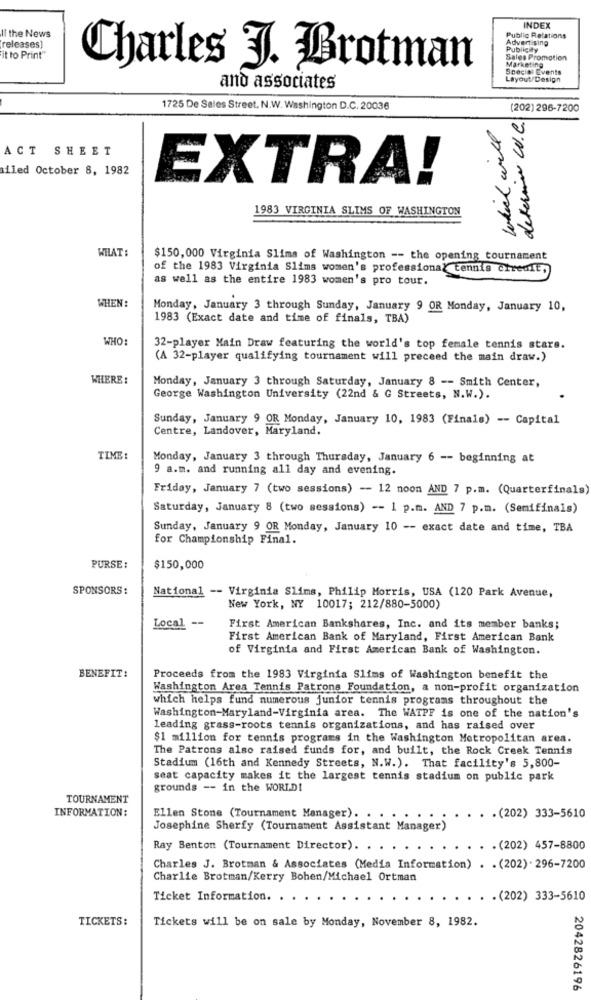
Il the News
INDEX
releases)
Public Relations
Advertising
Publicity
it to Print"
Sales Promotion
Marketing
Charles J. Brotman
Special Events
Layout/Design
and associates
1725 De Sales Street. N.W. Washington D.C. 20036
(202) 296-7200
determine W.e.
which will
ACT SHEET
iled October 8, 1982
EXTRA!
1983 VIRGINIA SLIMS OF WASHINGTON
WILAT :
$150,000 Virginia Slims of Washington -- the opening tournament
of the 1983 Virginia Slims women's professional tennis ciredit,
as well as the entire 1983 women's pro tour.
WHEN:
Monday, January 3 through Sunday, January 9 OR Monday, January 10,
1983 (Exact date and time of finals, TBA)
WHO:
32-player Main Draw featuring the world's top female tennis stars.
(A 32-player qualifying tournament will preceed the main draw.)
WHERE :
Monday, January 3 through Saturday, January 8 -- Smith Center,
George Washington University (22nd & G Streets, N.W.).
Sunday, January 9 OR Monday, January 10, 1983 (Finals) -- Capital
Centre, Landover, Maryland.
TIME:
Monday, January 3 through Thursday, January 6 -- beginning at
9 a.m. and running all day and evening.
Friday, January 7 (two sessions) -- 12 noon AND 7 p.m. (Quarterfinals)
Saturday, January 8 (two sessions) -- 1 p.m. AND 7 p.m. (Semifinals)
Sunday, January 9 OR Monday, January 10 -- exact date and time, TBA
for Championship Final.
PURSE:
$150,000
SPONSORS:
National -- Virginia Slims, Philip Morris, USA (120 Park Avenue,
New York, NY 10017; 212/880-5000)
Local --
First American Bankshares, Inc. and its member banks;
First American Bank of Maryland, First American Bank
of Virginia and First American Bank of Washington.
BENEFIT:
Proceeds from the 1983 Virginia Slims of Washington benefit the
Washington Area Tennis Patrons Foundation, a non-profit organization
which helps fund numerous junior tennis programs throughout the
Washington-Maryland-Virginia area. The WATPF is one of the nation's
leading grass-roots tennis organizations, and has raised over
$1 million for tennis programs in the Washington Metropolitan area.
The Patrons also raised funds for, and built, the Rock Creek Tennis
Stadium (16th and Kennedy Streets, N.W.). That facility's 5,800-
seat capacity makes it the largest tennis stadium on public park
grounds -- in the WORLD!
TOURNAMENT
INFORMATION:
Ellen Stone (Tournament Manager). . .
. . (202) 333-5610
Josephine Sherfy (Tournament Assistant Manager)
Ray Benton (Tournament Director). . ..
..
. . . . (202) 457-8800
Charles J. Brotman & Associates (Media Information) . . (202) . 296-7200
Charlie Brotman/Kerry Bohen/Michael Ortman
Ticket Information. . .
. . . (202) 333-5610
TICKETS:
Tickets will be on sale by Monday, November 8, 1982.
2042826196